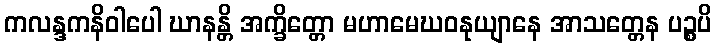
ကလန္ဒကနိဝါပေါ ဃာနန္တိ အက္ခိတ္တော မဟာမေဃဝနုယျာနေ အာသတ္တေန ပဉ္စပိ